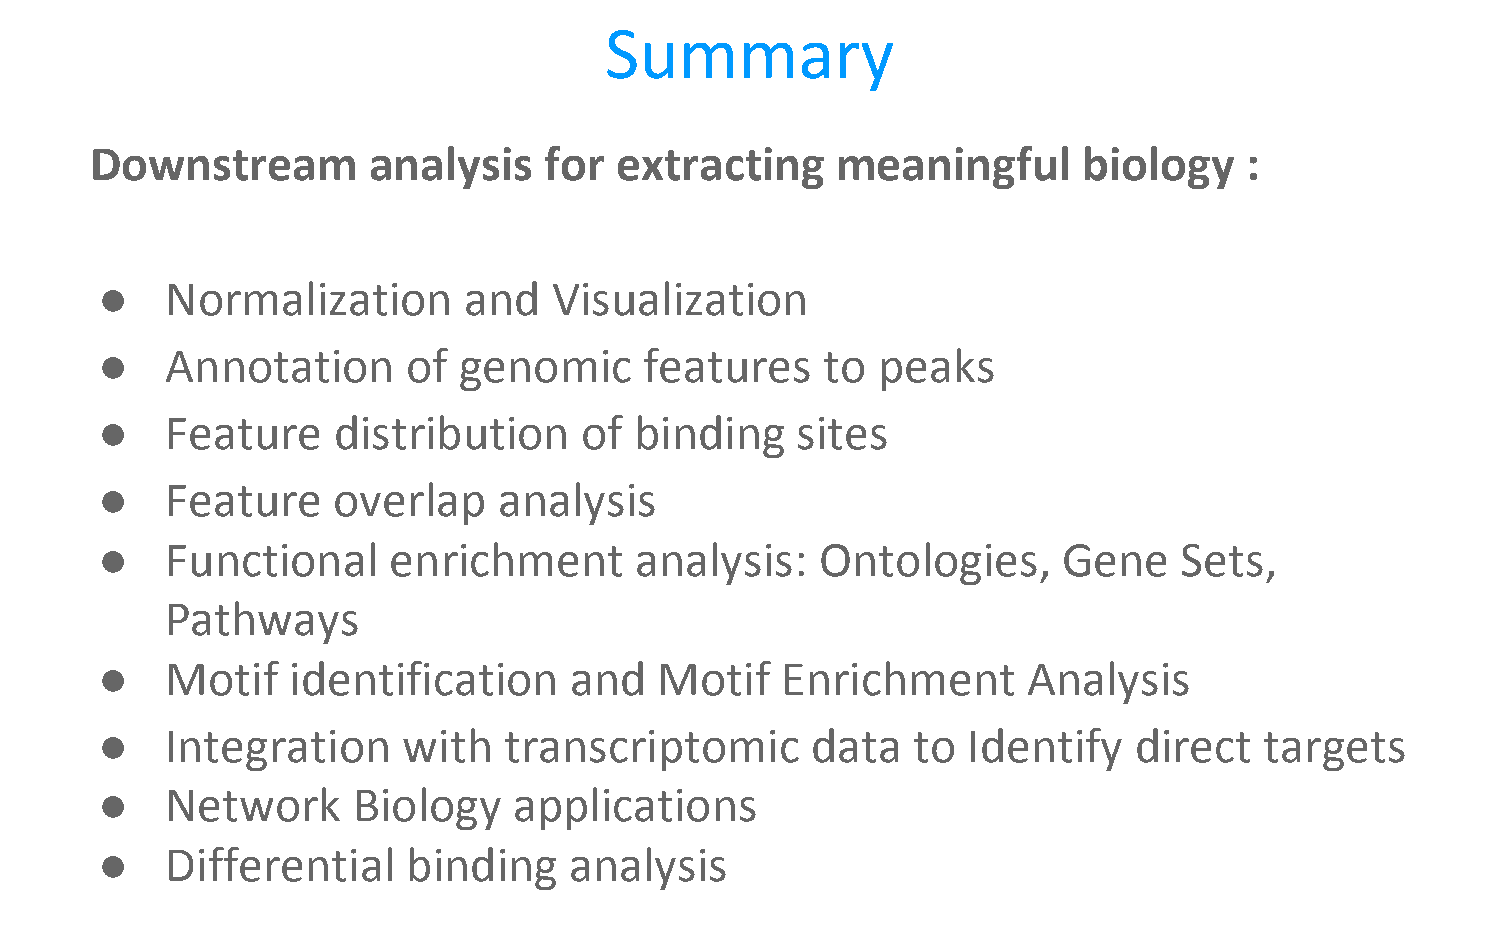
Summary
 Downstream        analysis    for  extracting    meaningful       biology    :
 ●    Normalization       and   Visualization
 ●    Annotation      of genomic      features    to peaks
 ●    Feature    distribution    of  binding    sites
 ●    Feature    overlap    analysis
 ●    Functional     enrichment      analysis:   Ontologies,     Gene    Sets,
 Pathways
 ●    Motif   identification     and   Motif   Enrichment      Analysis
 ●    Integration     with  transcriptomic       data  to  Identify   direct   targets
 ●    Network     Biology    applications
 ●    Differential    binding    analysis